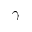
\gamma